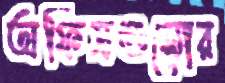
অফিসগুলোর